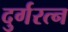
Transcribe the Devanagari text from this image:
दुर्गरत्‍न